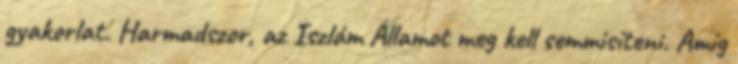
gyakorlat. Harmadszor, az Iszlám Államot meg kell semmisíteni. Amíg